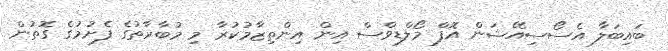
ބައިބަލާ އެސޯސިއޭޝަން އޮފް މޯލްޑިވްސް އިން އިންތިޒާމުކުރާ މި މުބާރާތުގެ ފެށުމުގެ ގޮތުން